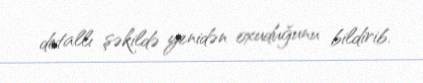
detallı şəkildə yenidən oxuduğunu bildirib.